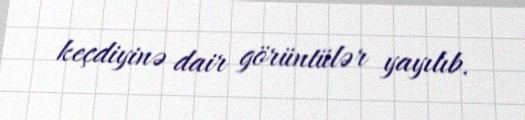
keçdiyinə dair görüntülər yayılıb.